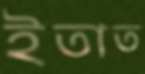
ইতাত